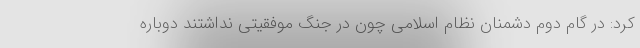
کرد: در گام دوم دشمنان نظام اسلامی چون در جنگ موفقیتی نداشتند دوباره